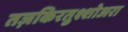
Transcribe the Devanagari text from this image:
तज़किरतुश्शोअरा